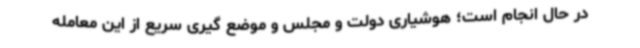
در حال انجام است؛ هوشیاری دولت و مجلس و موضع گیری سریع از این معامله